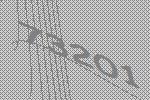
73201